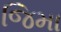
જિમા